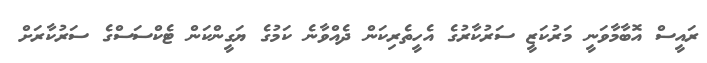
ރައީސް އޮބާމާވަނީ މަރުކަޒީ ސަރުކާރުގެ އެހީތެރިކަން ދެއްވާނެ ކަމުގެ ޔަގީންކަން ޓެކްސަސްގެ ސަރުކާރަށް